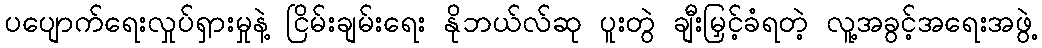
ပပျောက်ရေးလှုပ်ရှားမှုနဲ့ ငြိမ်းချမ်းရေး နိုဘယ်လ်ဆု ပူးတွဲ ချီးမြှင့်ခံရတဲ့ လူ့အခွင့်အရေးအဖွဲ့